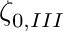
\zeta _ { 0 , I I I }